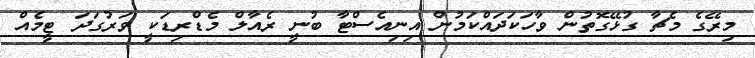
މިރޭގެ މެޗާ ގުޅޭގޮތުން ވާހަކަދައްކަމުން އިނިއެސްޓާ ބުނީ ރެއާލް މެޑްރިޑަކީ ވަރުގަދަ ޓީމެއް